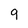
Character: 9